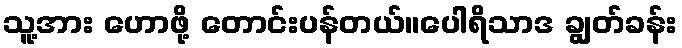
သူ့အား ဟောဖို့ တောင်းပန်တယ်။ပေါရိသာဒ ချွတ်ခန်း